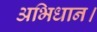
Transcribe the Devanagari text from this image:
अभिधान।